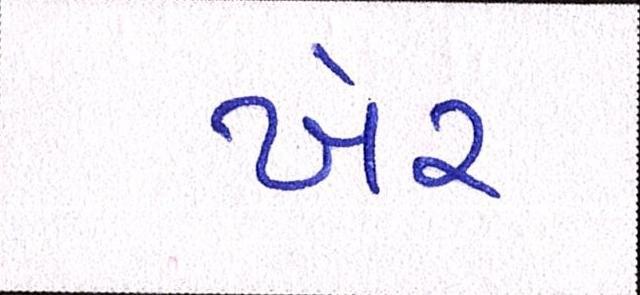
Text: ખેર